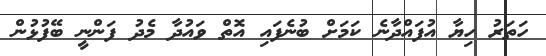
ހަތަރު ހިޔާ އުފައްދާނެ ކަމަށް ބުނެފައި އޮތް ވައުދާ މެދު ފަންނީ ބޭފުޅުން